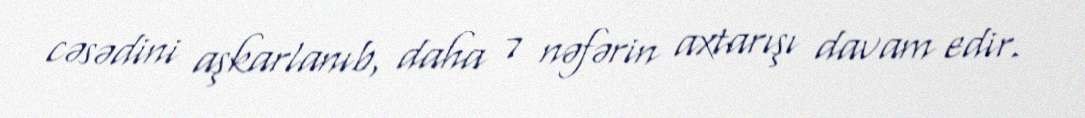
cəsədini aşkarlanıb, daha 7 nəfərin axtarışı davam edir.